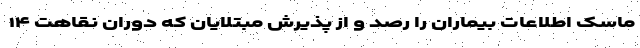
ماسک اطلاعات بیماران را رصد و از پذیرش مبتلایان که دوران نقاهت ۱۴